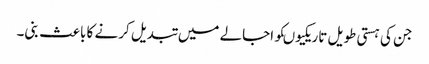
جن کی ہستی طویل تاریکیوںکو اجالے میں تبدیل کرنے کا باعث بنی۔